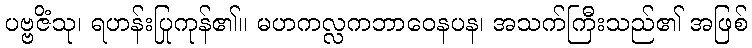
ပဗ္ဗဇိံသု၊ ရဟန်းပြုကုန်၏။ မဟကလ္လကဘာဝေနပန၊ အသက်ကြီးသည်၏ အဖြစ်